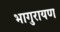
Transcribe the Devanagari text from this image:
भागुरायण